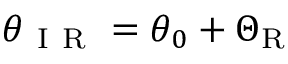
\theta _ { \mathrm { ~ I ~ R ~ } } = \theta _ { 0 } + \Theta _ { \mathrm { { R } } }